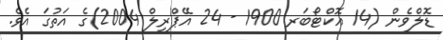
ޑޮލްވެން (14 އޮކްޓޯބަރ 1900 - 24 އޭޕްރިލް 2004)ގެ އަތުގަ އެވެ.